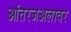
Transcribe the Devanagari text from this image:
आंतरजअलावर